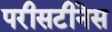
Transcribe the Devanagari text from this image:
परीसटीनेस